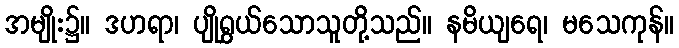
အမျိုး၌။ ဒဟရာ၊ ပျိုရွှယ်သောသူတို့သည်။ နမိယျရေ၊ မသေကုန်။